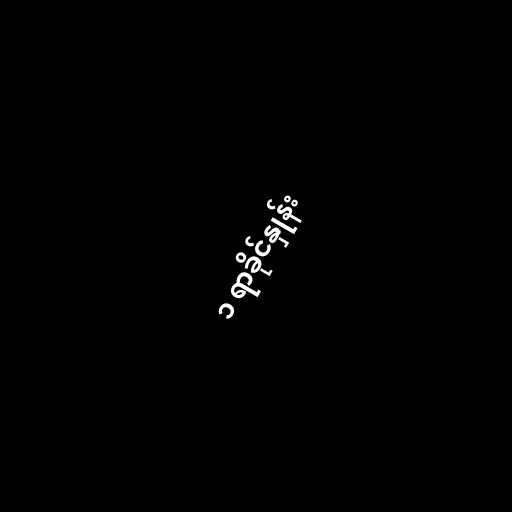
၁ ရာခိုင်နှုန်း